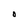
Character: O